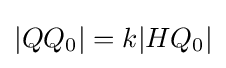
|QQ_{0}|=k|HQ_{0}|